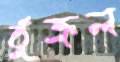
ঠুক্‌রল